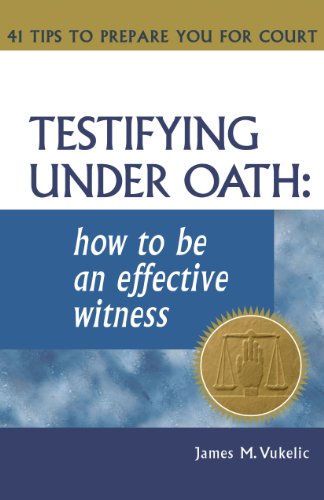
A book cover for Testifying Under Oath: How To Be An Effective Witness : 41 Tips to Prepare you for Court; James M. Vukelic; Law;